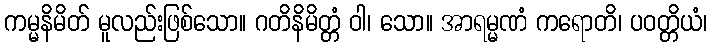
ကမ္မနိမိတ် မူလည်းဖြစ်သော။ ဂတိနိမိတ္တံ ဝါ၊ သော။ အာရမ္မဏံ ကရောတိ၊ ပဝတ္တိယံ၊